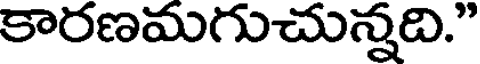
కారణమగుచున్నది."